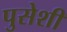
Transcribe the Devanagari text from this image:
पुसेशी